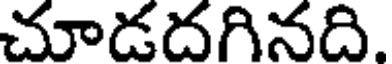
చూడదగినది.